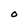
Character: O